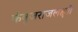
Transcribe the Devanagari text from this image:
कंबुजराजलक्ष्मी